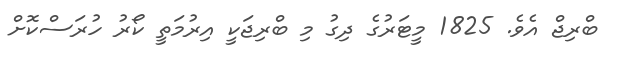
ބްރިޖް އެވެ. 1825 މީޓަރުގެ ދިގު މި ބްރިޖަކީ އިރުމަތީ ކޯރު ހުރަސްކޮށް